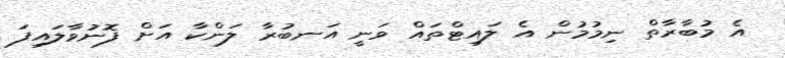
އެ މުބާރާތް ނިމުމުން އެ ލައިޓްތައް ވަނީ އަނބުރާ ލަންކާ އަށް ފޮނުވާލައިފަ